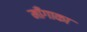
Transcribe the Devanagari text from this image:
माँगाका